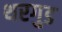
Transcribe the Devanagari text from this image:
थरगुड